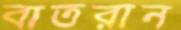
বাতরান